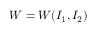
W = W ( I _ { 1 } , I _ { 2 } )